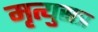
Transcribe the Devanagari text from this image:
मृत्युसत्र